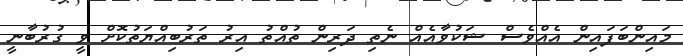
މައިންބަފައިން އެއްވެސް ޝަކުވާއެއް ނެތި ދަރިން ތުއްތު އިރު ތަރުބިއްޔަތުކޮށް ވީ ގުރުބާނީ